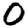
Digit: 0